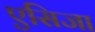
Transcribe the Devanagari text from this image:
एसिजा